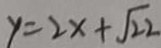
y = 2 x + \sqrt { 2 2 }